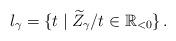
LaTeX: \begin{align*} l_{\gamma}=\{t \; | \; \widetilde{Z}_{\gamma}/t\in \mathbb{R}_{<0}\}\,.\end{align*}